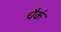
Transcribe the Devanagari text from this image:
चैकं